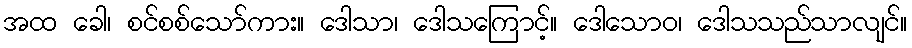
အထ ခေါ၊ စင်စစ်သော်ကား။ ဒေါသာ၊ ဒေါသကြောင့်။ ဒေါသောဝ၊ ဒေါသသည်သာလျင်။